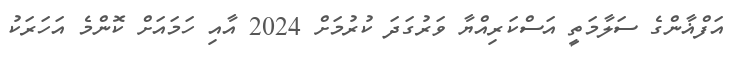
އަފްޣާންގެ ސަލާމަތީ އަސްކަރިއްޔާ ވަރުގަދަ ކުރުމަށް 2024 އާއި ހަމައަށް ކޮންމެ އަހަރަކު